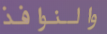
والنوافذ